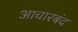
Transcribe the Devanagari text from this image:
आचारबंद